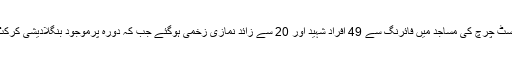
واضح رہے کہ نیوزی لینڈ کے شہرکرائسٹ چرچ کی مساجد میں فائرنگ سے 49 افراد شہید اور 20 سے زائد نمازی زخمی ہوگئے جب کہ دورہ پرموجود بنگلادیشی کرکٹ ٹیم بھی اس حملے میں بال بال بچ گئی۔